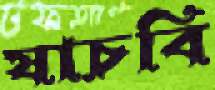
যাচবি